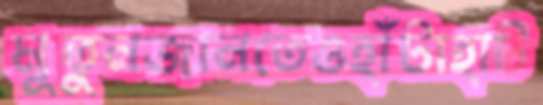
মুতুনজানতেওহাঁটাহাট